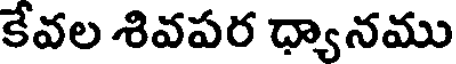
కేవల శివపర ధ్యానము